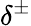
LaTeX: \delta^{\pm}